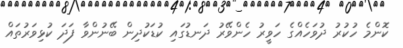
ކޮންމެ ހުކުރު ދުވަހެއްގެ ހަވީރު ހެންވޭރު ދަނޑުގައި ކުޑަކުދިން ބޭނުންވާ ފަދަ ކުޅިވަރުތައް